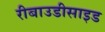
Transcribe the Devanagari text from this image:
रीबाउडीसाइड